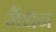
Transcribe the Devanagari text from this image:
मैंधन